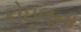
કોઇલના